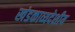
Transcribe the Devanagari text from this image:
खंडकाव्यदेशीय